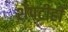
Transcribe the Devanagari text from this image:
शेपटीही